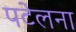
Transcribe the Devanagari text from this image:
पटेलना